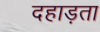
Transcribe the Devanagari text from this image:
दहाड़ता